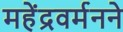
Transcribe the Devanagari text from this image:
महेंद्रवर्मनने